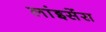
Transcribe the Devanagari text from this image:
लांइसेंस